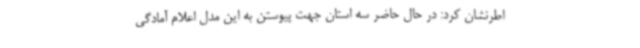
اطرنشان کرد: در حال حاضر سه استان جهت پیوستن به این مدل اعلام آمادگی